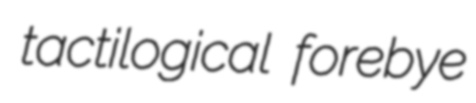
tactilogical forebye